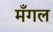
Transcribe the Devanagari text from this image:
मँगल